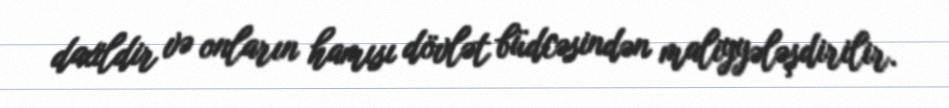
daxildir və onların hamısı dövlət büdcəsindən maliyyələşdirilir.